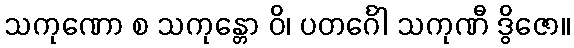
သကုဏော စ သကုန္တော ဝိ၊ ပတင်္ဂေါ သကုဏီ ဒွိဇော။